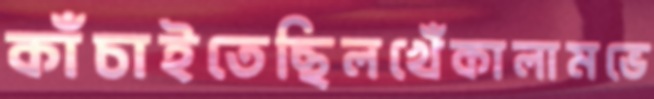
কাঁচাইতেছিলখেঁকালামভে